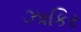
ઝાકિર